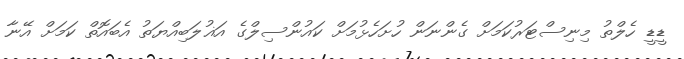
ޑީޑީ ހެލްތު މިނިސްޓަރުކަމަށް ގެންނަން ހުށަހެޅުމަށް ކައުންސިލްގެ އަޣުލަބިއްޔަތު އެބައޮތް ކަމަށް އޭނާ